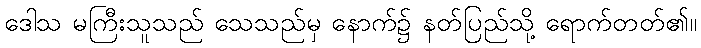
ဒေါသ မကြီးသူသည် သေသည်မှ နောက်၌ နတ်ပြည်သို့ ရောက်တတ်၏။